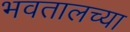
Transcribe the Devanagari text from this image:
भवतालच्या